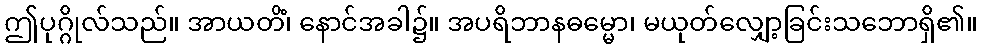
ဤပုဂ္ဂိုလ်သည်။ အာယတိံ၊ နောင်အခါ၌။ အပရိဘာနဓမ္မော၊ မယုတ်လျှော့ခြင်းသဘောရှိ၏။